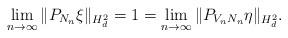
LaTeX: \begin{align*} \lim_{n\to\infty} \| P_{N_n}\xi \|_{H^2_d} = 1 = \lim_{n\to\infty} \| P_{V_nN_n} \eta \|_{H^2_d} .\end{align*}